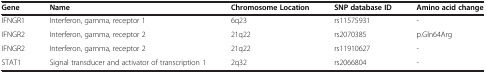
<table><thead><tr><td><b>Gene</b></td><td><b>Name</b></td><td><b>Chromosome Location</b></td><td><b>SNP database ID</b></td><td><b>Amino acid change</b></td></tr></thead><tbody><tr><td>IFNGR1</td><td>Interferon, gamma, receptor 1</td><td>6q23</td><td>rs11575931</td><td>-</td></tr><tr><td>IFNGR2</td><td>Interferon, gamma, receptor 2</td><td>21q22</td><td>rs2070385</td><td>p.Gln64Arg</td></tr><tr><td>IFNGR2</td><td>Interferon, gamma, receptor 2</td><td>21q22</td><td>rs11910627</td><td>-</td></tr><tr><td>STAT1</td><td>Signal transducer and activator of transcription 1</td><td>2q32</td><td>rs2066804</td><td>-</td></tr></tbody></table>